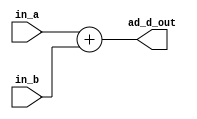
// 32-bit alu for addition only
// data input width: 2 32-bit
// data output width: 1 32-bit, no "zero" output
// control: no control input, only addition operation implemented
module alu_add_only (in_a, in_b, ad_d_out);
	input [31:0] in_a, in_b;
	output [31:0] ad_d_out;
	assign ad_d_out=in_a+in_b;
endmodule